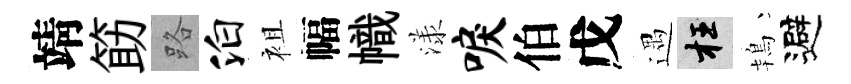
靖筯路泊袓幅幟漾唳伯戊遇枉鴇避